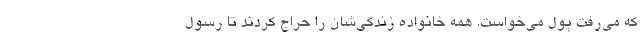
که می‌رفت پول می‌خواست. همه خانواده زندگی‌شان را حراج کردند تا رسول